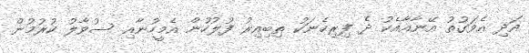
އަދި އެވަގުތު އޭނާއާއެކު ދެ ފިރިހެނަކު ތިބިއިރު ފުލުހުން އެމީހުނާއި ސުވާލު ކުރުމުން